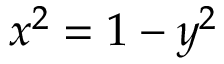
x ^ { 2 } = 1 - y ^ { 2 }